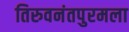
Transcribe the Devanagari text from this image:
तिरुवनंतपुरमला